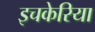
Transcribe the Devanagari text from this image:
इचकेरिया